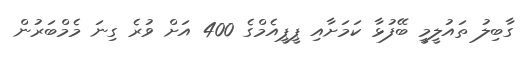
ގާބިލު ތައުލީމީ ބޭފުޅާ ކަމަށާއި ޕީޕީއެމްގެ 400 އަށް ވުރެ ގިނަ މެމްބަރުން